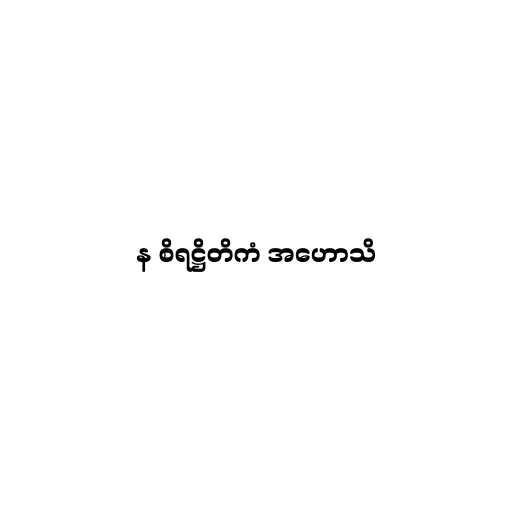
န စိရဋ္ဌိတိကံ အဟောသိ